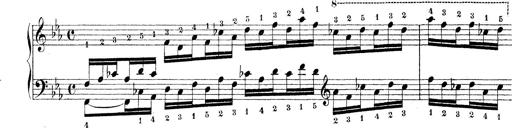
Title: Technische Studien
Composer: Franz Liszt